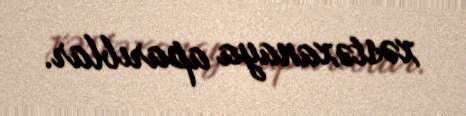
xəstəxanaya aparıblar.